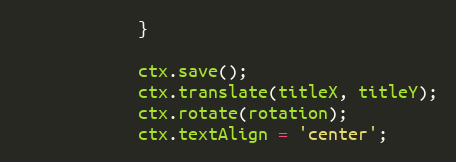
Language: JavaScript
			}

			ctx.save();
			ctx.translate(titleX, titleY);
			ctx.rotate(rotation);
			ctx.textAlign = 'center';